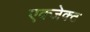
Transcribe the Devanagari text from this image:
एक्जेक्ट